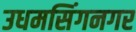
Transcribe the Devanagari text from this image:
उधमसिंगनगर